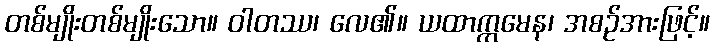
တစ်မျိုးတစ်မျိုးသော။ ဝါတဿ၊ လေ၏။ ယထာက္ကမေန၊ အစဉ်အားဖြင့်။